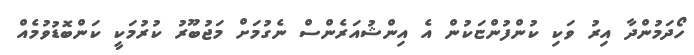
ހޯދަމުންދާ އިރު ވަކި ކުންފުންޏަކުން އެ އިންޝުއަރެންސް ނެގުމަށް މަޖުބޫރު ކުރުމަކީ ކަންބޮޑުވުމެއް